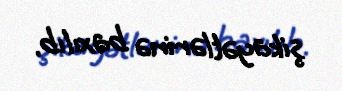
şikayətlərinə baxılıb.